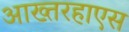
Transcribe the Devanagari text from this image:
आख्तरहाएस